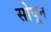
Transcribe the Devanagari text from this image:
सोवून